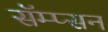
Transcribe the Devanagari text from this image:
सॅम्प्सन